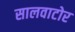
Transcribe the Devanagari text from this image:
सालवाटोर